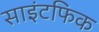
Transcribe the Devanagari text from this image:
साइंटफिक